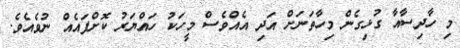
މި ހާދިސާއާ ގުޅިގެން މިހާތަނަށް އަދި އެއްވެސް މީހަކު ހައްޔަރު ކޮށްފައެއް ނުވެއެވެ.